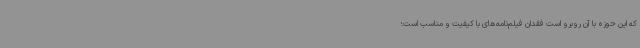
که این حوزه با آن روبرو است فقدان فیلم‌نامه‌های با کیفیت و مناسب است؛